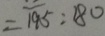
= 1 9 5 : 1 8 0